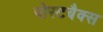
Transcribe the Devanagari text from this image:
पोस्टबैक्स